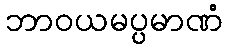
ဘာဝယမပ္ပမာဏံ